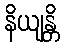
နိယျန္တိ